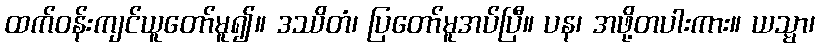
ထက်ဝန်းကျင်ယူတော်မူ၍။ ဒဿိတံ၊ ပြတော်မူအပ်ပြီ။ ပန၊ အဖို့တပါးကား။ ယသ္မာ၊